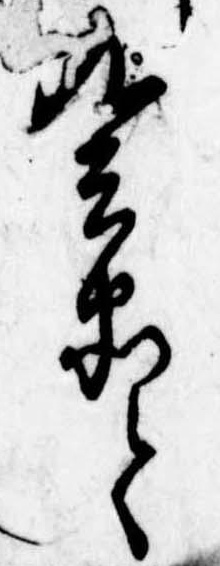
九兵衛と